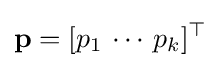
\mathbf {p} =[p_{1}\,\cdots \,p_{k}]^{\top }